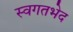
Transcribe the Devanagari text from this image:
स्वगतभेद